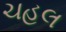
ચહલ